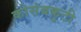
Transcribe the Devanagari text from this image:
कोसंबकुटी